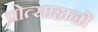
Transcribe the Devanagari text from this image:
प्रोत्साहानों